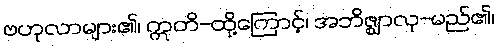
ဗဟုလာများ၏၊ ဣတိ-ထို့ကြောင့်၊ အဘိဇ္ဈာလု-မည်၏၊